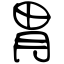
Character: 胃